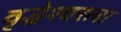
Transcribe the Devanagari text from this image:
वृद्धेश्वरला